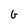
Character: G